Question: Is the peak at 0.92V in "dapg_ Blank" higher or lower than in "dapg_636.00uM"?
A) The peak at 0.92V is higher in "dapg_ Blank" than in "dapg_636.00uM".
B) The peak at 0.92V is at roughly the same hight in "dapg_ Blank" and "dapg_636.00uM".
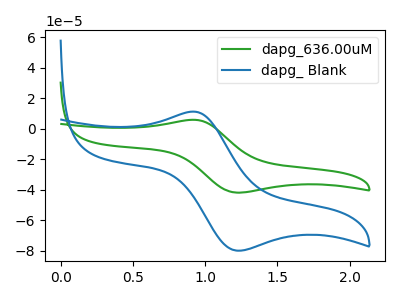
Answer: <think>The green curve "dapg_636.00uM" has an anodic peak at (0.90V, 5.90uA) and a cathodic peak at (1.20V, -41.90uA). The blue curve "dapg_ Blank" has an anodic peak at (0.90V, 11.25uA) and a cathodic peak at (1.20V, -79.95uA).</think>
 <answer>A) The peak at 0.92V is higher in "dapg_ Blank" than in "dapg_636.00uM".</answer>
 <eval>A</eval>